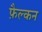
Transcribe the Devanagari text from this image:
फ़ैल्कन